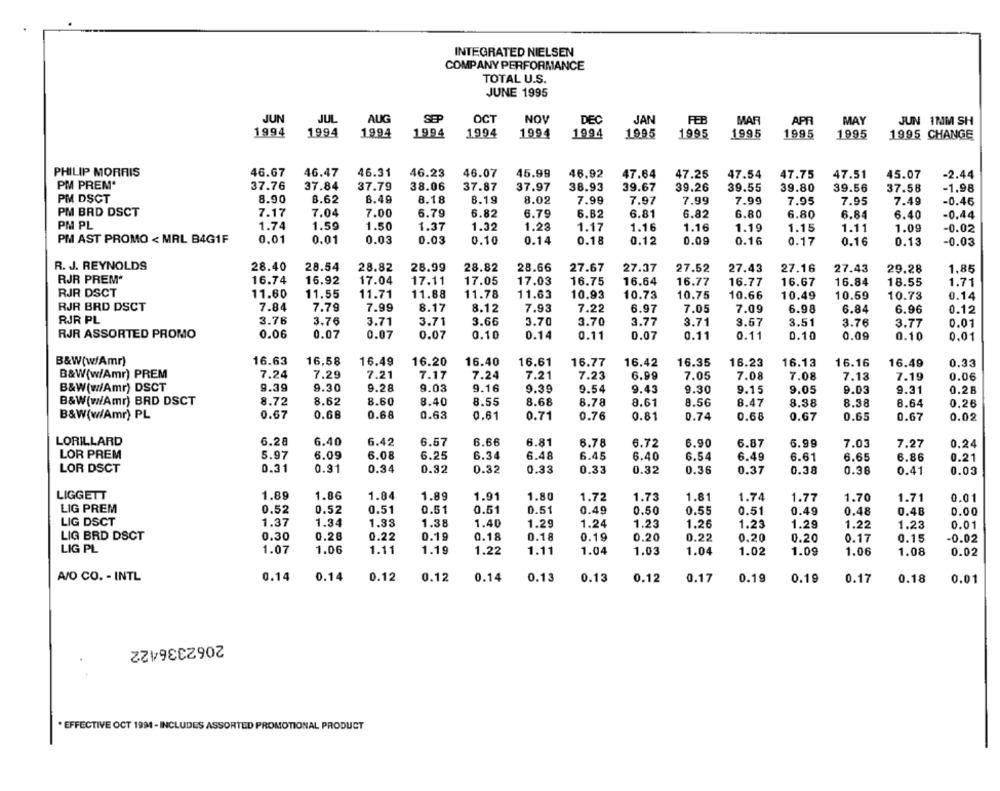
INTEGRATED NIELSEN
COMPANY PERFORMANCE
TOTAL U.S.
JUNE 1995
JUN
JUL
AUG
SEP
OCT
NOV
DEC
JAN
FEB
MAR
APR
MAY
JUN 1NM SH
1994
1994
1994
1994
1994
1994
1994
1995
1995
1995
1995
1995
1995 CHANGE
PHILIP MORRIS
46.67
46.47
46.31
46.23
46.07
45.99
46.92
47.64
47.25
47.54
47.75
47.51
45.07
-2.44
PM PREM*
37.76
37.84
37.79
38.06
37.87
37.97
38.93
39.67
39.26
39.55
39.80
39.56
37.58
-1.98
PM DSCT
8.90
8.62
8.49
8.18
8.19
8.02
7.99
7.97
7.99
7.99
7.95
7.95
7.49
-0.46
PM BRD DSCT
7.17
7.04
7.00
6.79
6.82
6.79
6.82
6.81
6.82
6.80
6.80
6.84
6.40
-0.44
PM PL
1.74
1.59
1.50
1.37
1.32
1.28
1.17
1.16
1.16
1.19
1.15
1.11
1.09
-0.02
PM AST PROMO < MAL B4G1F
0.01
0.01
0.03
0.03
0.10
0.14
0.18
0.12
0.09
0.16
0.17
0.16
0.13
-0.03
R. J. REYNOLDS
28.40
28.54
28.82
28.99
28.82
28.66
27.67
27.37
27.52
27.43
27.16
27.43
29.28
1,85
RJR PREM*
16.74
16.92
17.04
17.11
17.05
17.03
16.75
16.64
16.77
16.77
16.67
16.84
18.55
1.71
RJR DSCT
11.60
11.55
11.71
11.88
11.78
11.63
10.93
10.73
10.75
10.66
10.49
10.59
10.73
0.14
RJR BRD DSCT
7.84
7.79
7.99
8.17
8.12
7.93
7.22
6.97
7.05
7.09
6.98
6.84
6.96
0.12
RJR PL
3.76
3.76
3.71
3.71
3.66
3.70
3.70
3.77
3.71
3.57
3.51
3.76
3.77
0.01
RJR ASSORTED PROMO
0.06
0.07
0.07
0.07
0.10
0.14
0.11
0.07
0.11
0.11
0.10
0.09
0.10
0.01
B&W(w/Amr)
16.63
16,58
16.49
16.20
16.40
16.61
16.77
16.42
16.35
16.23
16.13
16.16
16.49
0.33
B&W(w/Amr) PREM
7.24
7.29
7.21
7.17
7.24
7.21
7.23
6.99
7.05
7.08
7.08
7.13
7.19
0.06
B&W(w/Amr) DSCT
9.39
9.30
9.28
9.03
9.16
9.39
9.54
9.43
9.15
9.31
9.30
9.05
9.03
0.28
B&W(w/Amr) BRD DSCT
8.72
8.62
8.60
8.40
8.55
8.68
8.78
8.61
8.56
8.47
8.38
8.38
8.64
0.26
B&W(w/Amr) PL
0.67
0.68
0.68
0.63
0.61
0.71
0.76
0.81
0.74
0.68
0.67
0.65
0.67
0.02
LORILLARD
6.28
6.40
6.42
6.57
6.66
6.81
6.78
6.72
6.90
6.87
6.99
7.03
7.27
0.24
LOR PREM
5.97
6.09
6.08
6.25
6.34
6.48
6.45
6.40
6.54
6.49
6.61
6.65
6.86
0.21
0.31
0.34
LOR DSCT
0.91
0.32
0.32
0.33
0.33
0.32
0.36
0.37
0.38
0.38
0.41
0.03
LIGGETT
1.89
1.86
1.84
1.89
1.91
1.80
1.72
1.73
1.81
1.74
1.77
1.70
1.71
0.01
LIG PREM
0.52
0.52
0.51
0.51
0.51
0.51
0.49
0.50
0.55
0.51
0.49
0.48
0.48
0.00
LIG DSCT
1.37
1.34
1.33
1.38
1.29
1.40
1.24
1.23
1.26
1.23
1.29
1.22
1.23
0.01
LIG BRD DSCT
0.30
0.28
0.22
0.19
0.18
0.18
0.19
0.20
0.22
0.20
0.20
0.17
0.15
-0.02
LIG PL
1.07
1.06
1.11
1.19
1.22
1.11
1.04
1.03
1.04
1.02
1.09
1.06
1.08
0.02
A/O CO. - INTL
0.14
0.14
0.12
0.12
0.14
0.13
0.17
0.19
0.19
0.18
0.13
0.12
0.17
0.01
2062336422
* EFFECTIVE OCT 1991 - INCLUDES ASSORTED PROMOTIONAL PRODUCT